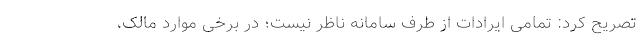
تصریح کرد: تمامی ایرادات از طرف سامانه ناظر نیست؛ در برخی موارد مالک،